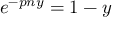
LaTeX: e ^ { - p n y } = 1 - y